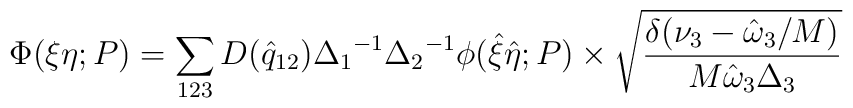
\Phi(\xi \eta; P) = \sum_{123} D({\hat q}_{12}){\Delta_1}^{-1}{\Delta_2}^{-1}\phi ({\hat \xi} {\hat \eta}; P) \times \sqrt{{\delta(\nu_3 -{\hat \omega}_3/M)} \over{M {\hat \omega}_3 {\Delta}_3}}